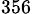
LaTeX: _{356}